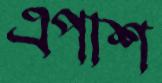
এপাশ